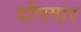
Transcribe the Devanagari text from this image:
दोंगमार